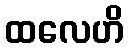
ထလေဟိ